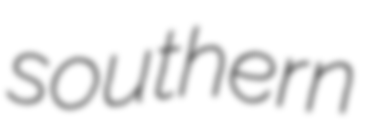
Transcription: southern